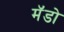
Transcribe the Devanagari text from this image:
मॅडो